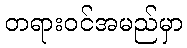
တရားဝင်အမည်မှာ